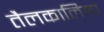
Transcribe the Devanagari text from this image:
तैलकालिमा